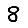
Digit: 8